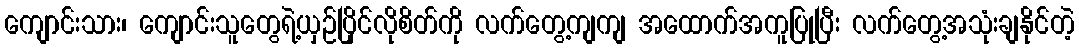
ကျောင်းသား၊ ကျောင်းသူတွေရဲ့ယှဉ်ပြိုင်လိုစိတ်ကို လက်တွေ့ကျကျ အထောက်အကူပြုပြီး လက်တွေ့အသုံးချနိုင်တဲ့